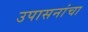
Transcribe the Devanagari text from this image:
उपासनांचा